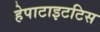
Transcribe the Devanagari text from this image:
हेपाटाइटटिस